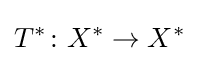
T^{*}\colon X^{*}\to X^{*}